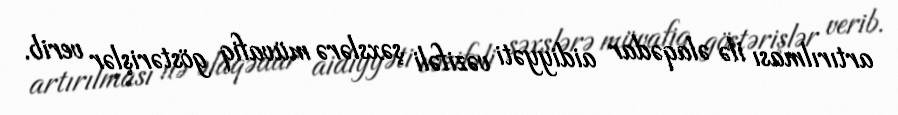
artırılması ilə əlaqədar aidiyyəti vəzifəli şəxslərə müvafiq göstərişlər verib.